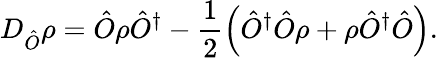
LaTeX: D_{\hat{O}}\rho=\hat{O}\rho\hat{O}^{\dagger}-\frac{1}{2}\left(\hat{O}^{\dagger}\hat{O}\rho+\rho\hat{O}^{\dagger}\hat{O}\right).